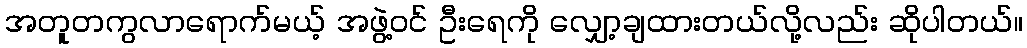
အတူတကွလာရောက်မယ့် အဖွဲ့ဝင် ဦးရေကို လျှော့ချထားတယ်လို့လည်း ဆိုပါတယ်။